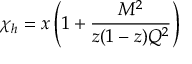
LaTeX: \chi _ { h } = x \left( 1 + \frac { M ^ { 2 } } { z ( 1 - z ) Q ^ { 2 } } \right)